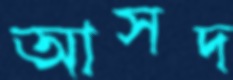
আসদ